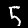
Label: 5